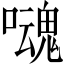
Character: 𡂃